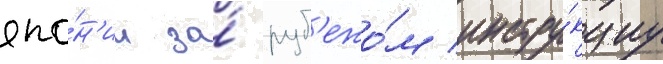
япо́н'ии за́ руб'ежо́м инстру́кциу